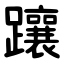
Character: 躟